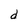
Character: d